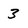
Character: 3